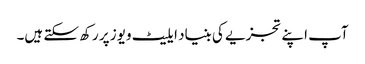
آپ اپنے تجزیے کی بنیاد ایلیٹ ویوز پر رکھ سکتے ہیں۔